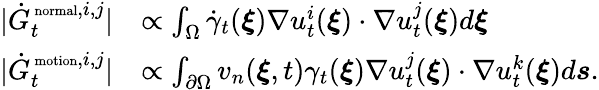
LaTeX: \begin{array}{rl}{|\dot{G}_{t}^{\mathrm{\scriptsize~normal},i,j}|}&{\propto\int_{\Omega}\dot{\gamma}_{t}(\boldsymbol\xi)\nabla u_{t}^{i}(\boldsymbol\xi)\cdot\nabla u_{t}^{j}(\boldsymbol\xi)d\boldsymbol\xi}\\ {|\dot{G}_{t}^{\mathrm{\scriptsize~motion},i,j}|}&{\propto\int_{\partial\Omega}v_{n}(\boldsymbol\xi,t)\gamma_{t}(\boldsymbol\xi)\nabla u_{t}^{j}(\boldsymbol\xi)\cdot\nabla u_{t}^{k}(\boldsymbol\xi)d\boldsymbol s.}\end{array}